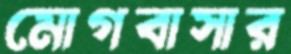
মোগবাসার